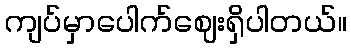
ကျပ်မှာပေါက်ဈေးရှိပါတယ်။